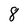
Character: 8